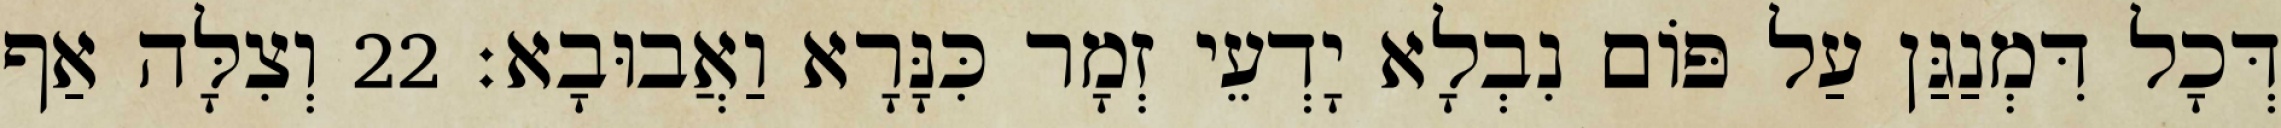
דְּכָל דִּמְנַגַּן עַל פּוֹם נִבְלָא יָדְעֵי זְמָר כִּנָּרָא וַאֲבוּבָא׃ 22 וְצִלָּה אַף